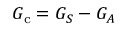
G _ { \mathrm { c } } = G _ { S } - G _ { A }